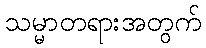
သမ္မာတရားအတွက်